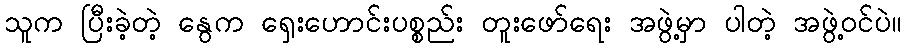
သူက ပြီးခဲ့တဲ့ နွေက ရှေးဟောင်းပစ္စည်း တူးဖော်ရေး အဖွဲ့မှာ ပါတဲ့ အဖွဲ့ဝင်ပဲ။